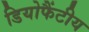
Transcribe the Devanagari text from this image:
डियोफैंटीय